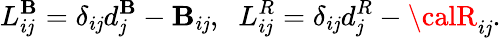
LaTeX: L_{i\mathit{j}}^{\mathbf{B}}=\delta_{i\mathit{j}}d_{\mathit{j}}^{\mathbf{B}}-{\cal\mathbf{B}}_{i\mathit{j}},\; \; L_{i\mathit{j}}^{R}=\delta_{i\mathit{j}}d_{\mathit{j}}^{R}-{\calR}_{i\mathit{j}}.